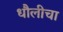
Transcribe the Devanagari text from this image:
धौलीचा